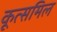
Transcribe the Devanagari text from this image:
कूत्समिल